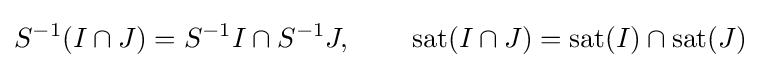
S^{-1}(I\cap J)=S^{-1}I\cap S^{-1}J,\qquad \,\operatorname {sat} (I\cap J)=\operatorname {sat} (I)\cap \operatorname {sat} (J)